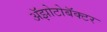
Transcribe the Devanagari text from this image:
अॅझोटोबॅक्टर